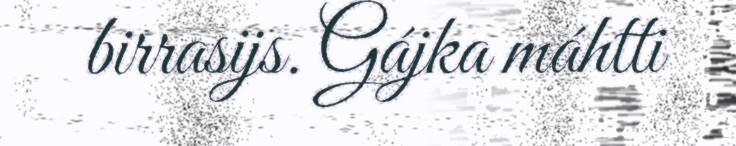
birrasijs. Gájka máhtti